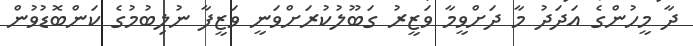
ދާ މީހުންގެ އަދަދު މާ ދަށްވީމާ ވަޒީރު ގަބޫލުކުރަށްވަނީ ވަޒީފާ ނުލިބުމުގެ ކަންބޮޑުވުން